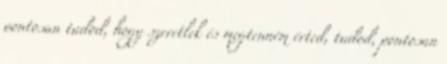
pontosan tudod, hogy szeretlek és megtenném érted, tudod, pontosan